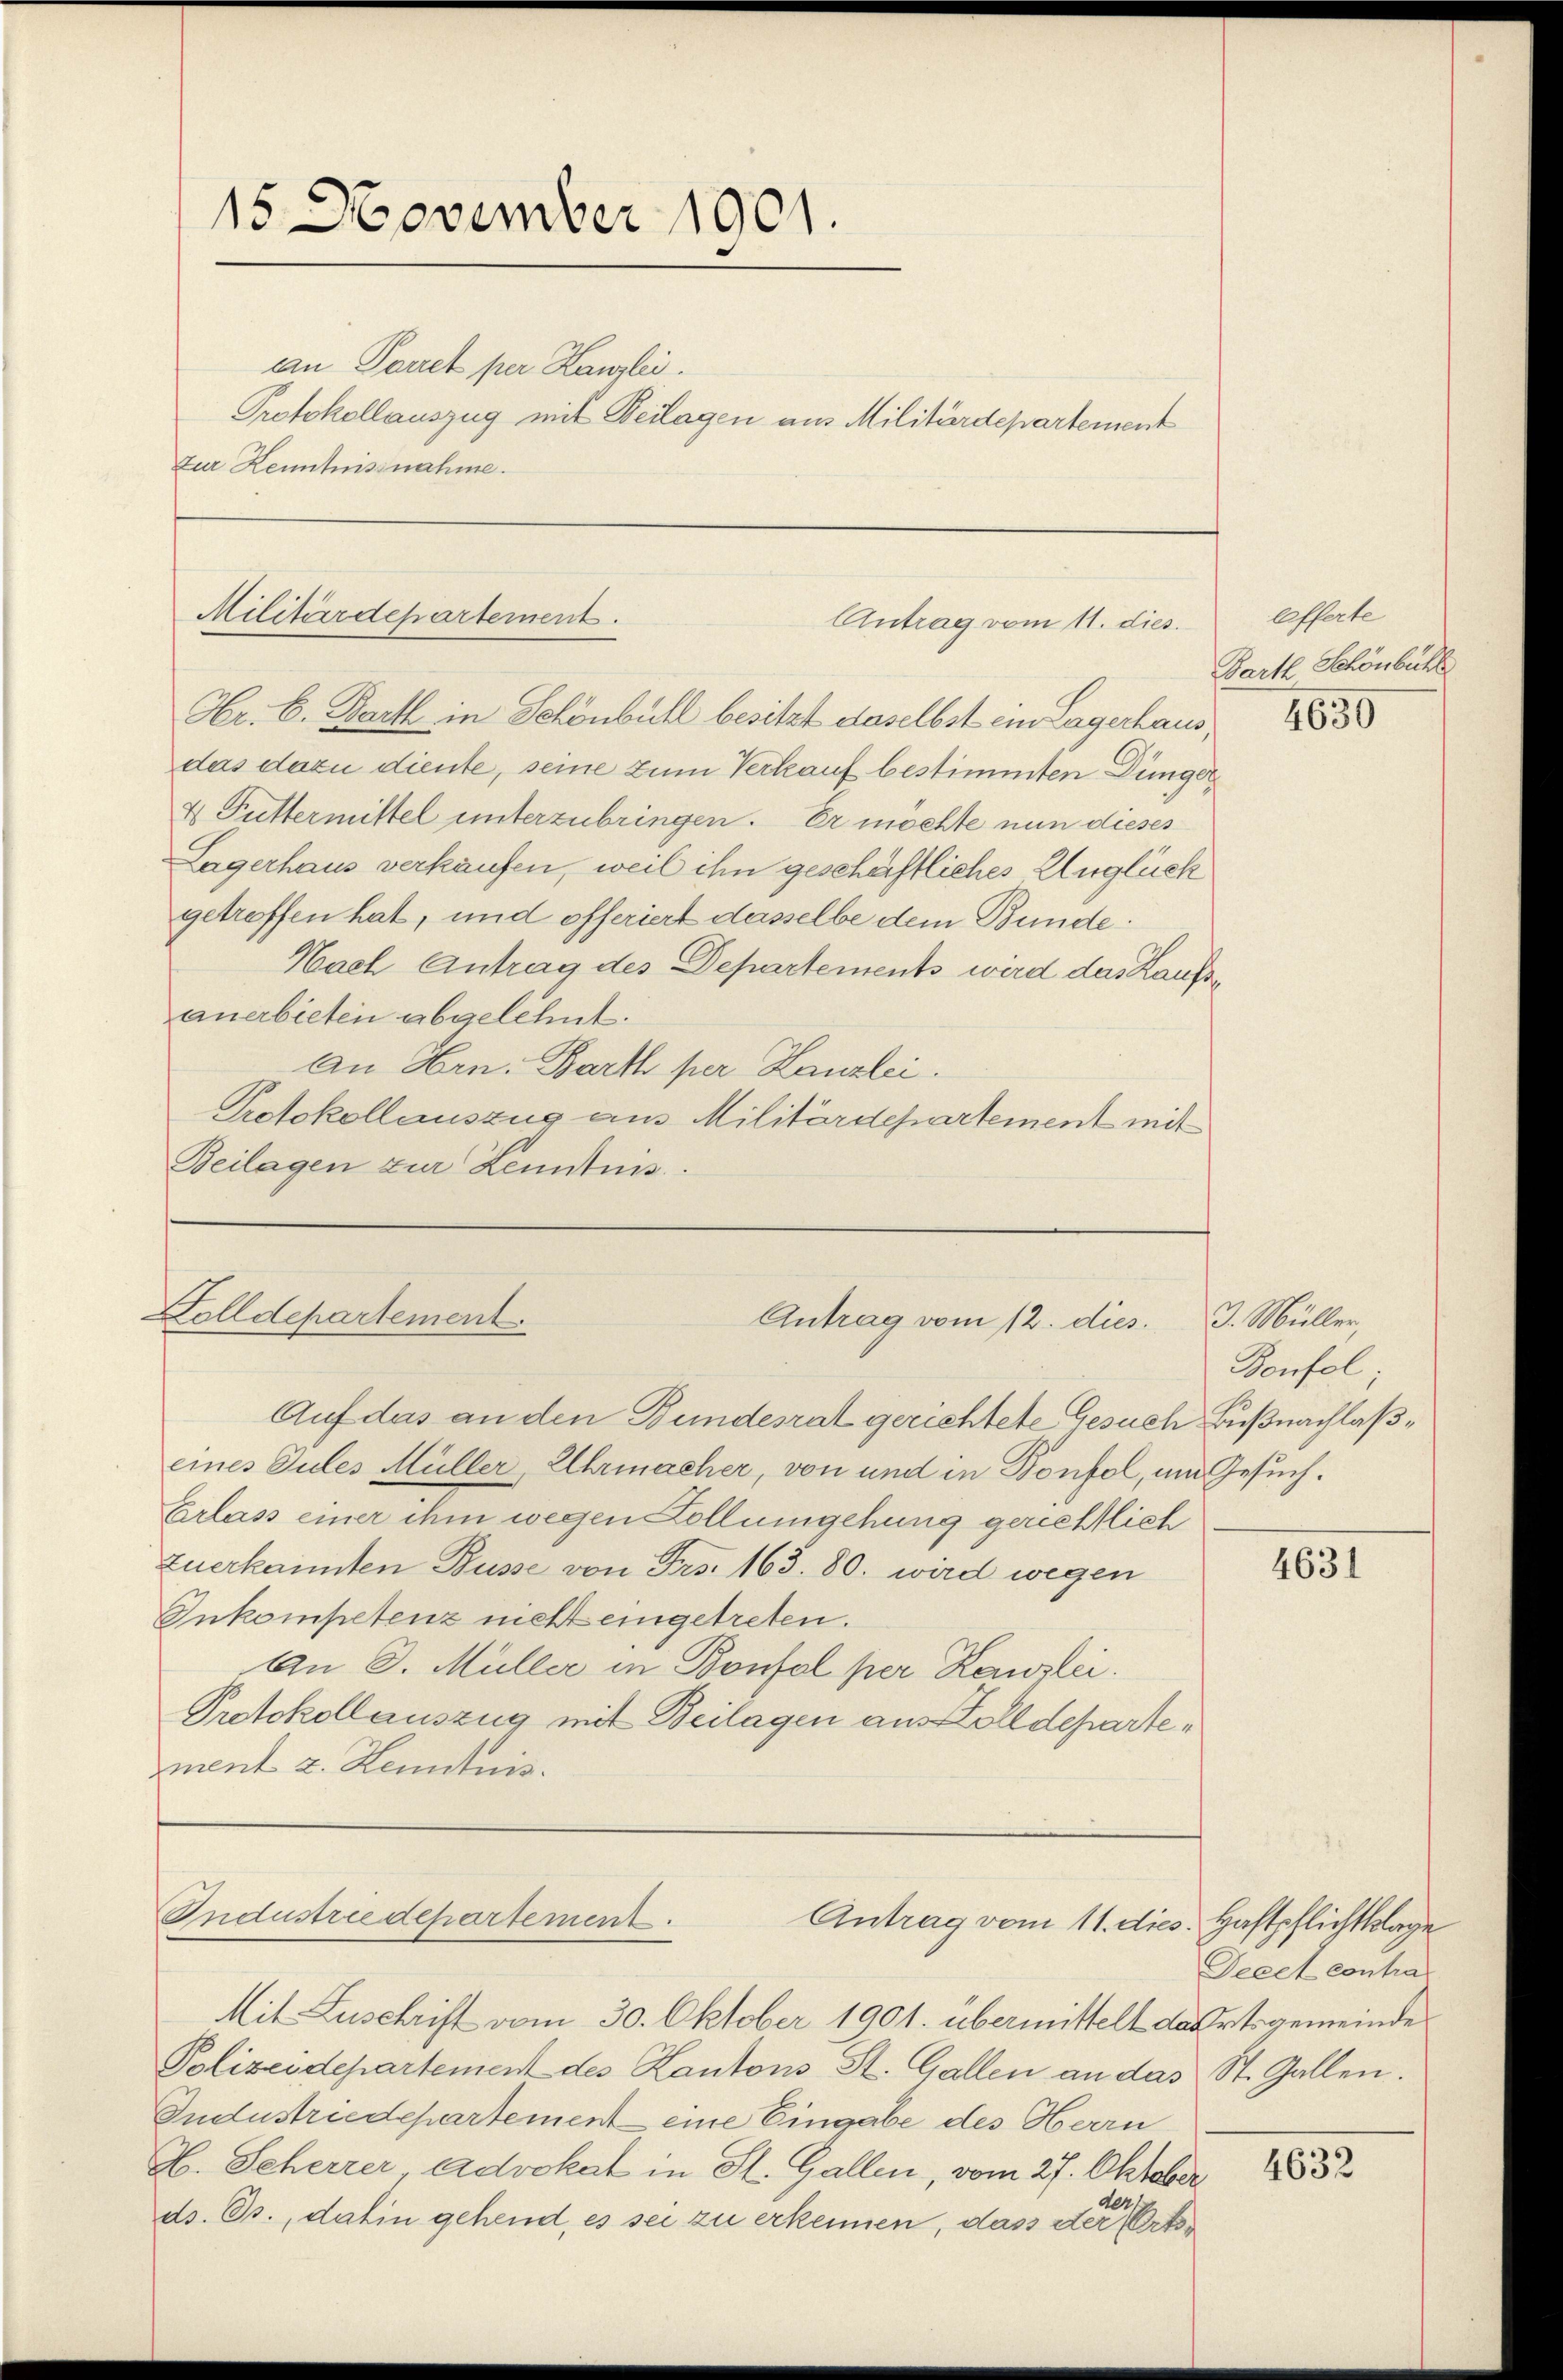
15. November 1901.
an Parret per Kanzlei.
Protokollauszug mit Beilagen aus Militärdepartement
zur Kenntnissnahme.

Militärdepartement.
Antrag vom 11. dies.

Hr. C. Bartl in Schönbühl besitzt daselbst ein Lagerhaus,
das dazu diente, seine zum Verkauf bestimmten Dünger
4 Futtermittel unterzubringen. Er möchte nun dieses
Lagerhaus verkaufen, weil ihn geschäftliches Unglück
getroffen hat, und offeriert dasselbe dem Bunde
Nach Antrag des Departements wird das Kaufsanerbieten abgelehnt.
An Hrn. Barth per Kanzlei.
Protokollauszug aus Militärdepartement mit
Beilagen zur Kenntnis

Zolldepartement
Antrag vom 12. dies

Auf das an den Bundesrat gerichtete Gesuch Bußnachlaßeines Sules Müller, Uhrmacher, von und in Konfel, um Gesuch¬
Erlass einer ihm wegen Kollumgehung gerichtlich
zuerkannten Busse von Frs. 163. 80. wird wegen
Inkompetenz nicht eingetreten.
An D. Müller in Bonfal per Kanzlei.
Protokolauszug mit Beilagen aus Zolldepartezment z. Henntnis.

Industriedepartement.
Antrag vom 11. dies. Haftpflichtklage

Mit Zuschrift vom 30. Oktober 1901. übermittelt das Ortsgemeinde
Polizeidepartement des Kantons St. Gallen an das St. Gallen.
Industriedepartement eine Eingabe des Herrn
H. Seherrer, Advokat in St. Gallen, vom 27. Oktober
ds. Gs., dahin gehend, es sei zu erkennen, dass der Orts

esserte
Bartl Schönbühl

4650

J. Müller,
Benfel

4631

Deeet contra

4632